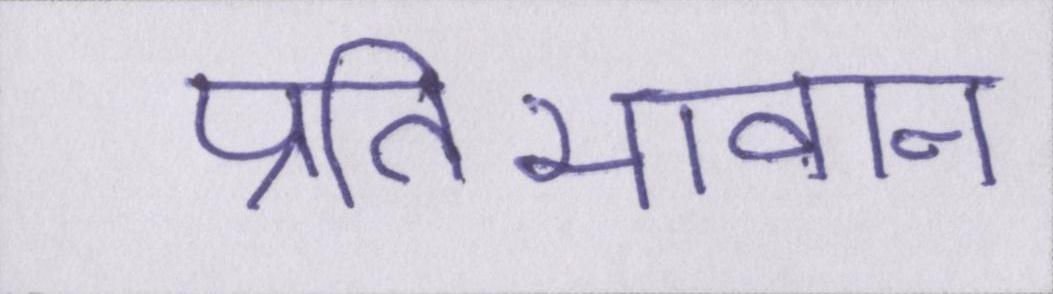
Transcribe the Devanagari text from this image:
प्रतिभावान